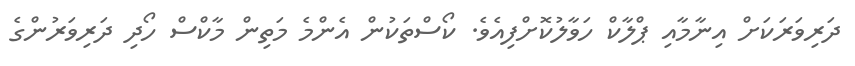
ދަރިވަރަކަށް އިނާމާއި ޕްލާކް ހަވާލުކޮށްފިއެވެ. ކޯސްތަކުން އެންމެ މަތިން މާކްސް ހޯދި ދަރިވަރުންގެ